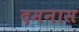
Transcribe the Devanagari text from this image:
दमनास